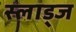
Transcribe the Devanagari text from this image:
स्लाड्ज